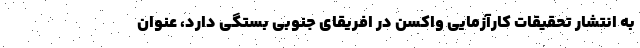
به انتشار تحقیقات کارآزمایی واکسن در افریقای جنوبی بستگی دارد، عنوان